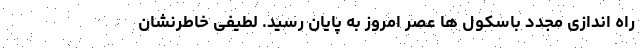
راه اندازی مجدد باسکول ها عصر امروز به پایان رسید. لطیفی خاطرنشان